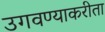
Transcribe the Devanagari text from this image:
उगवण्याकरीता